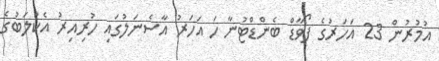
އުމުރުން 23 އަހަރުގެ ފޯވާޑް ބެންޑްޓުނާ ހަ އަހަރު އާސެނަލުގައި ހުރިއިރު އެކުލަބުގެ